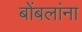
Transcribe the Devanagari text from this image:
बोंबलांना